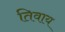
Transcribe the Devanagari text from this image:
तिवाय